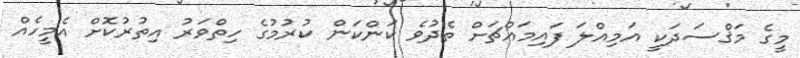
މީގެ މަޤްސަދަކީ އަމިއްލަ ފައިމައްޗަށް ތެދުވެ ކަންކަން ކުރުމުގެ ހިތްވަރު އިތުރުކޮށް އެމީހެއް